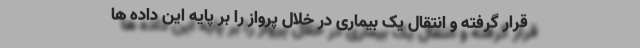
قرار گرفته و انتقال یک بیماری در خلال پرواز را بر پایه این داده ها